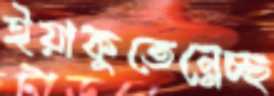
ইয়াকুতেন্নেচ্ছ